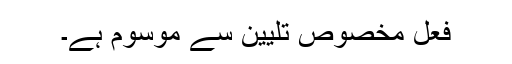
فعل مخصوص تلیین سے موسوم ہے۔